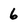
Character: 6